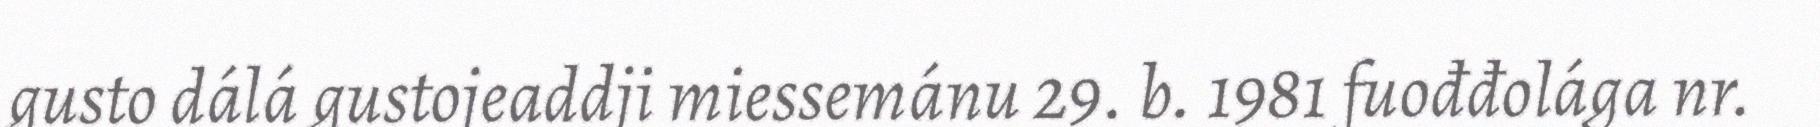
gusto dálá gustojeaddji miessemánu 29. b. 1981 fuođđolága nr.